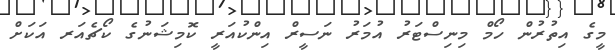
މީގެ އިތުރުން ހޯމް މިނިސްޓަރު އުމަރު ނަސީރް އިންކުއަރީ ކޮމިޝަނުގެ ކޯޗެއަރ އަކަށް